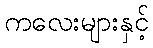
ကလေးများနှင့်